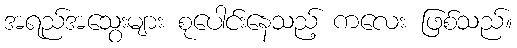
အရည်အသွေးများ စုပေါင်းနေသည့် ကလေး ဖြစ်သည်။